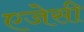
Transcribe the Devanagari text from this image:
एजेसी